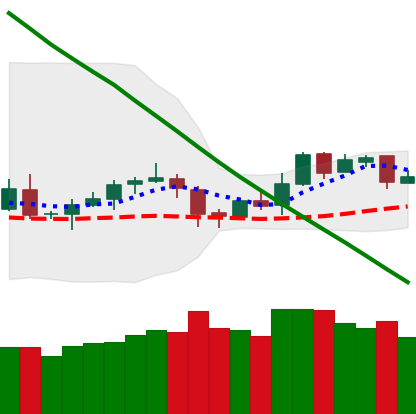
Ticker: LTC-USD
Chart end date: 2019-02-07
Forward return: 32.226%
Label: up_7plus